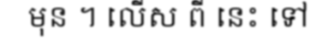
មុន ។ លើស ពី នេះ ទៅ